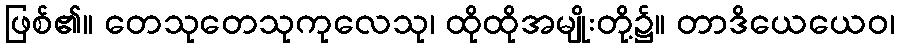
ဖြစ်၏။ တေသုတေသုကုလေသု၊ ထိုထိုအမျိုးတို့၌။ တာဒိယေယေဝ၊